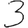
Digit: 3